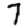
Digit: 7